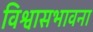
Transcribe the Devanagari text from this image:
विश्वासभावना